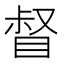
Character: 督